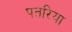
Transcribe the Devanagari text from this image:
पतरिया